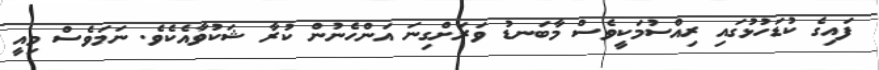
ފައިގެ ކުޑަހުޅުގައި ރިއްސުމަކީވެސް މާބަނޑު ވަރަށްގިނަ އަންހެނުން ކުރާ ޝަކުވާއެކެވެ. ނަމަވެސް މިއީ